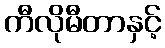
ကီလိုမီတာနှင့်